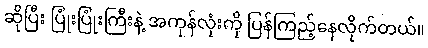
ဆိုပြီး ပြုံးပြုံးကြီးနဲ့ အကုန်လုံးကို ပြန်ကြည့်နေလိုက်တယ်။